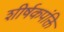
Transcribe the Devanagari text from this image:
शीर्षकपंक्ति